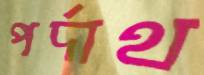
পর্দাথ